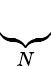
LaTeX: \underbrace{\phantom{S_{11}^{\prime}}}_{N}